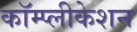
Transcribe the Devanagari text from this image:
कॉम्प्लीकेशन